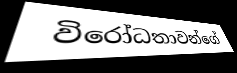
විරෝධතාවන්ගේ